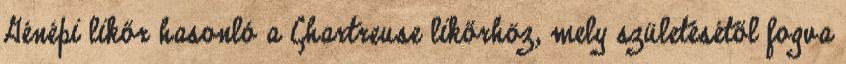
Génépi likőr hasonló a Chartreuse likőrhöz, mely születésétől fogva